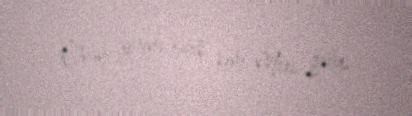
Onun yerinə rahib kimi Meri gəlir.